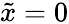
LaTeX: \tilde{x}=0